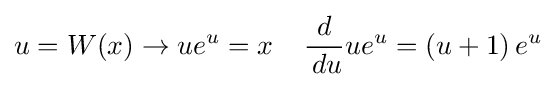
u=W(x)\rightarrow ue^{u}=x\;\;\;\;{\frac {d}{\,du}}ue^{u}=\left(u+1\right)e^{u}